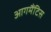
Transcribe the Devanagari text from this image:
आगमैंटिस